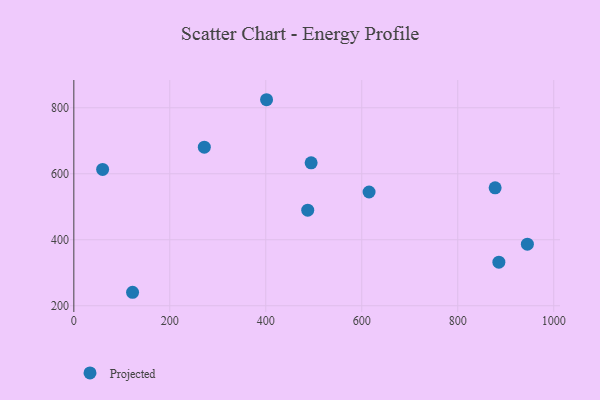
{"axis": {"x": "Price", "y": "Exam Score"}, "legend": ["Projected"], "data": [{"x": "487.4", "y": 489.6, "type": "Projected"}, {"x": "877.9", "y": 557.6, "type": "Projected"}, {"x": "885.7", "y": 332.1, "type": "Projected"}, {"x": "60.0", "y": 613.1, "type": "Projected"}, {"x": "271.9", "y": 680.6, "type": "Projected"}, {"x": "945.1", "y": 386.7, "type": "Projected"}, {"x": "615.2", "y": 544.8, "type": "Projected"}, {"x": "494.5", "y": 633.4, "type": "Projected"}, {"x": "401.6", "y": 824.5, "type": "Projected"}, {"x": "122.4", "y": 240.9, "type": "Projected"}]}